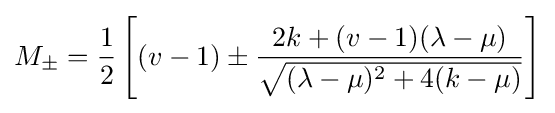
M_{\pm }={\frac {1}{2}}\left[(v-1)\pm {\frac {2k+(v-1)(\lambda -\mu )}{\sqrt {(\lambda -\mu )^{2}+4(k-\mu )}}}\right]